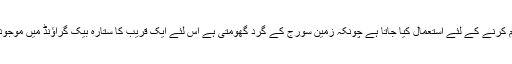
اس مظہر کو قریب کے ستاروں کا فاصلہ معلوم کرنے کے لئے استعمال کیا جاتا ہے چونکہ زمین سورج کے گرد گھومتی ہے اس لئے ایک قریب کا ستارہ بیک گراؤنڈ میں موجود دور کے ستارے کے مخالف حرکت کرتا ہے۔